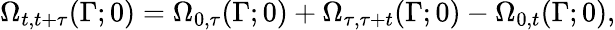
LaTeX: \Omega_{t,t+\tau}(\Gamma;0)=\Omega_{0,\tau}(\Gamma;0)+\Omega_{\tau,\tau+t}(\Gamma;0)-\Omega_{0,t}(\Gamma;0),